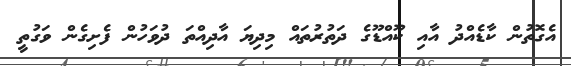
އެގޮތުން ކާޑެއްދު އާއި ކޫއްޑޫގެ ދަތުރުތައް މިދިޔަ އާދިއްތަ ދުވަހުން ފެށިގެން ވަގުތީ